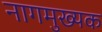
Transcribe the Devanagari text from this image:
नागमुख्यक